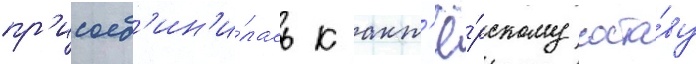
пр'исоед'ин'и́лась к акт'ё́рскому соста́ву